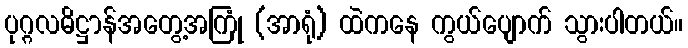
ပုဂ္ဂလဓိဋ္ဌာန်အတွေ့အကြုံ (အာရုံ) ထဲကနေ ကွယ်ပျောက် သွားပါတယ်။